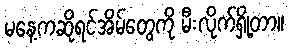
မနေ့ကဆိုရင်အိမ်တွေကို မီးလိုက်ရှို့တာ။